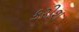
કરીશ